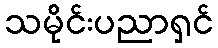
သမိုင်းပညာရှင်